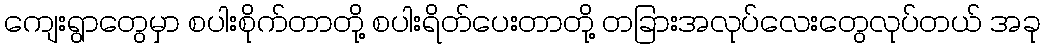
ကျေးရွာတွေမှာ စပါးစိုက်တာတို့ စပါးရိတ်ပေးတာတို့ တခြားအလုပ်လေးတွေလုပ်တယ် အခု